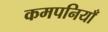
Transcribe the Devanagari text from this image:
कमपनियाँ